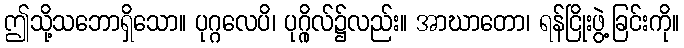
ဤသို့သဘောရှိသော။ ပုဂ္ဂလေပိ၊ ပုဂ္ဂိုလ်၌လည်း။ အာဃာတော၊ ရန်ငြိုးဖွဲ့ခြင်းကို။